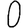
Digit: 0